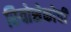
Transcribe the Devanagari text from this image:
रियोसेकोची